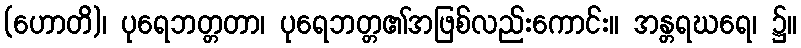
(ဟောတိ)၊ ပုရေဘတ္တတာ၊ ပုရေဘတ္တ၏အဖြစ်လည်းကောင်း။ အန္တရဃရေ၊ ၌။